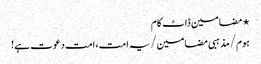
⋆ مضامین ڈاٹ کام
ہوم/مذہبی مضامین/یہ امت، امت دعوت ہے!